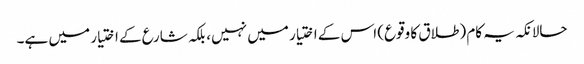
حالانکہ یہ کام (طلاق کا وقوع) اس کے اختیار میں نہیں، بلکہ شارع کے اختیار میں ہے۔